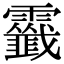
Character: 𩆷